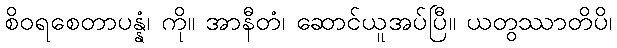
စိဝရစေတာပန္နံ၊ ကို။ အာနီတံ၊ ဆောင်ယူအပ်ပြီ။ ယတွဿာတိပိ၊